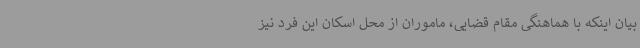
بیان اینکه با هماهنگی مقام قضایی، ماموران از محل اسکان این فرد نیز